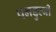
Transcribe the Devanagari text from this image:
पनडुव्बी